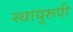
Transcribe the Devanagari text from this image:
स्थायुरूपी